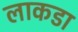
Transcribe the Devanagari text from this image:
लाकडा